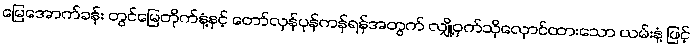
မြေအောက်ခန်း တွင်မြေတိုက်နံ့နှင့် တော်လှန်ပုန်ကန်ရန်အတွက် လျှို့ဝှက်သိုလှောင်ထားသော ယမ်းနံ့ ဖြင့်